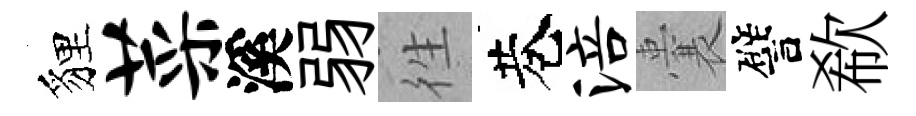
貍菜溪弱徃巷涪囊譬欷